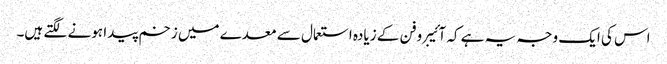
اس کی ایک وجہ یہ ہے کہ آئیبروفن کے زیادہ استعمال سے معدے میں زخم پیدا ہونے لگتے ہیں۔